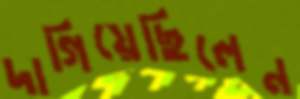
দাগিয়েছিলেন